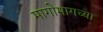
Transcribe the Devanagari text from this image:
मागोमागच्या